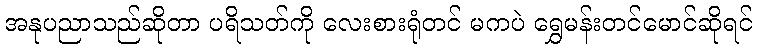
အနုပညာသည်ဆိုတာ ပရိသတ်ကို လေးစားရုံတင် မကပဲ ရွှေမန်းတင်မောင်ဆိုရင်